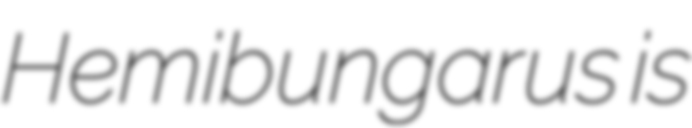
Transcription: Hemibungarus is